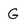
Character: G